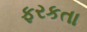
ફરકતા